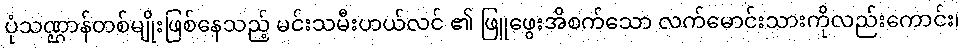
ပုံသဏ္ဌာန်တစ်မျိုးဖြစ်နေသည့် မင်းသမီးဟယ်လင် ၏ ဖြူဖွေးအိစက်သော လက်မောင်းသားကိုလည်းကောင်း၊